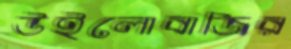
উইলোবাজির